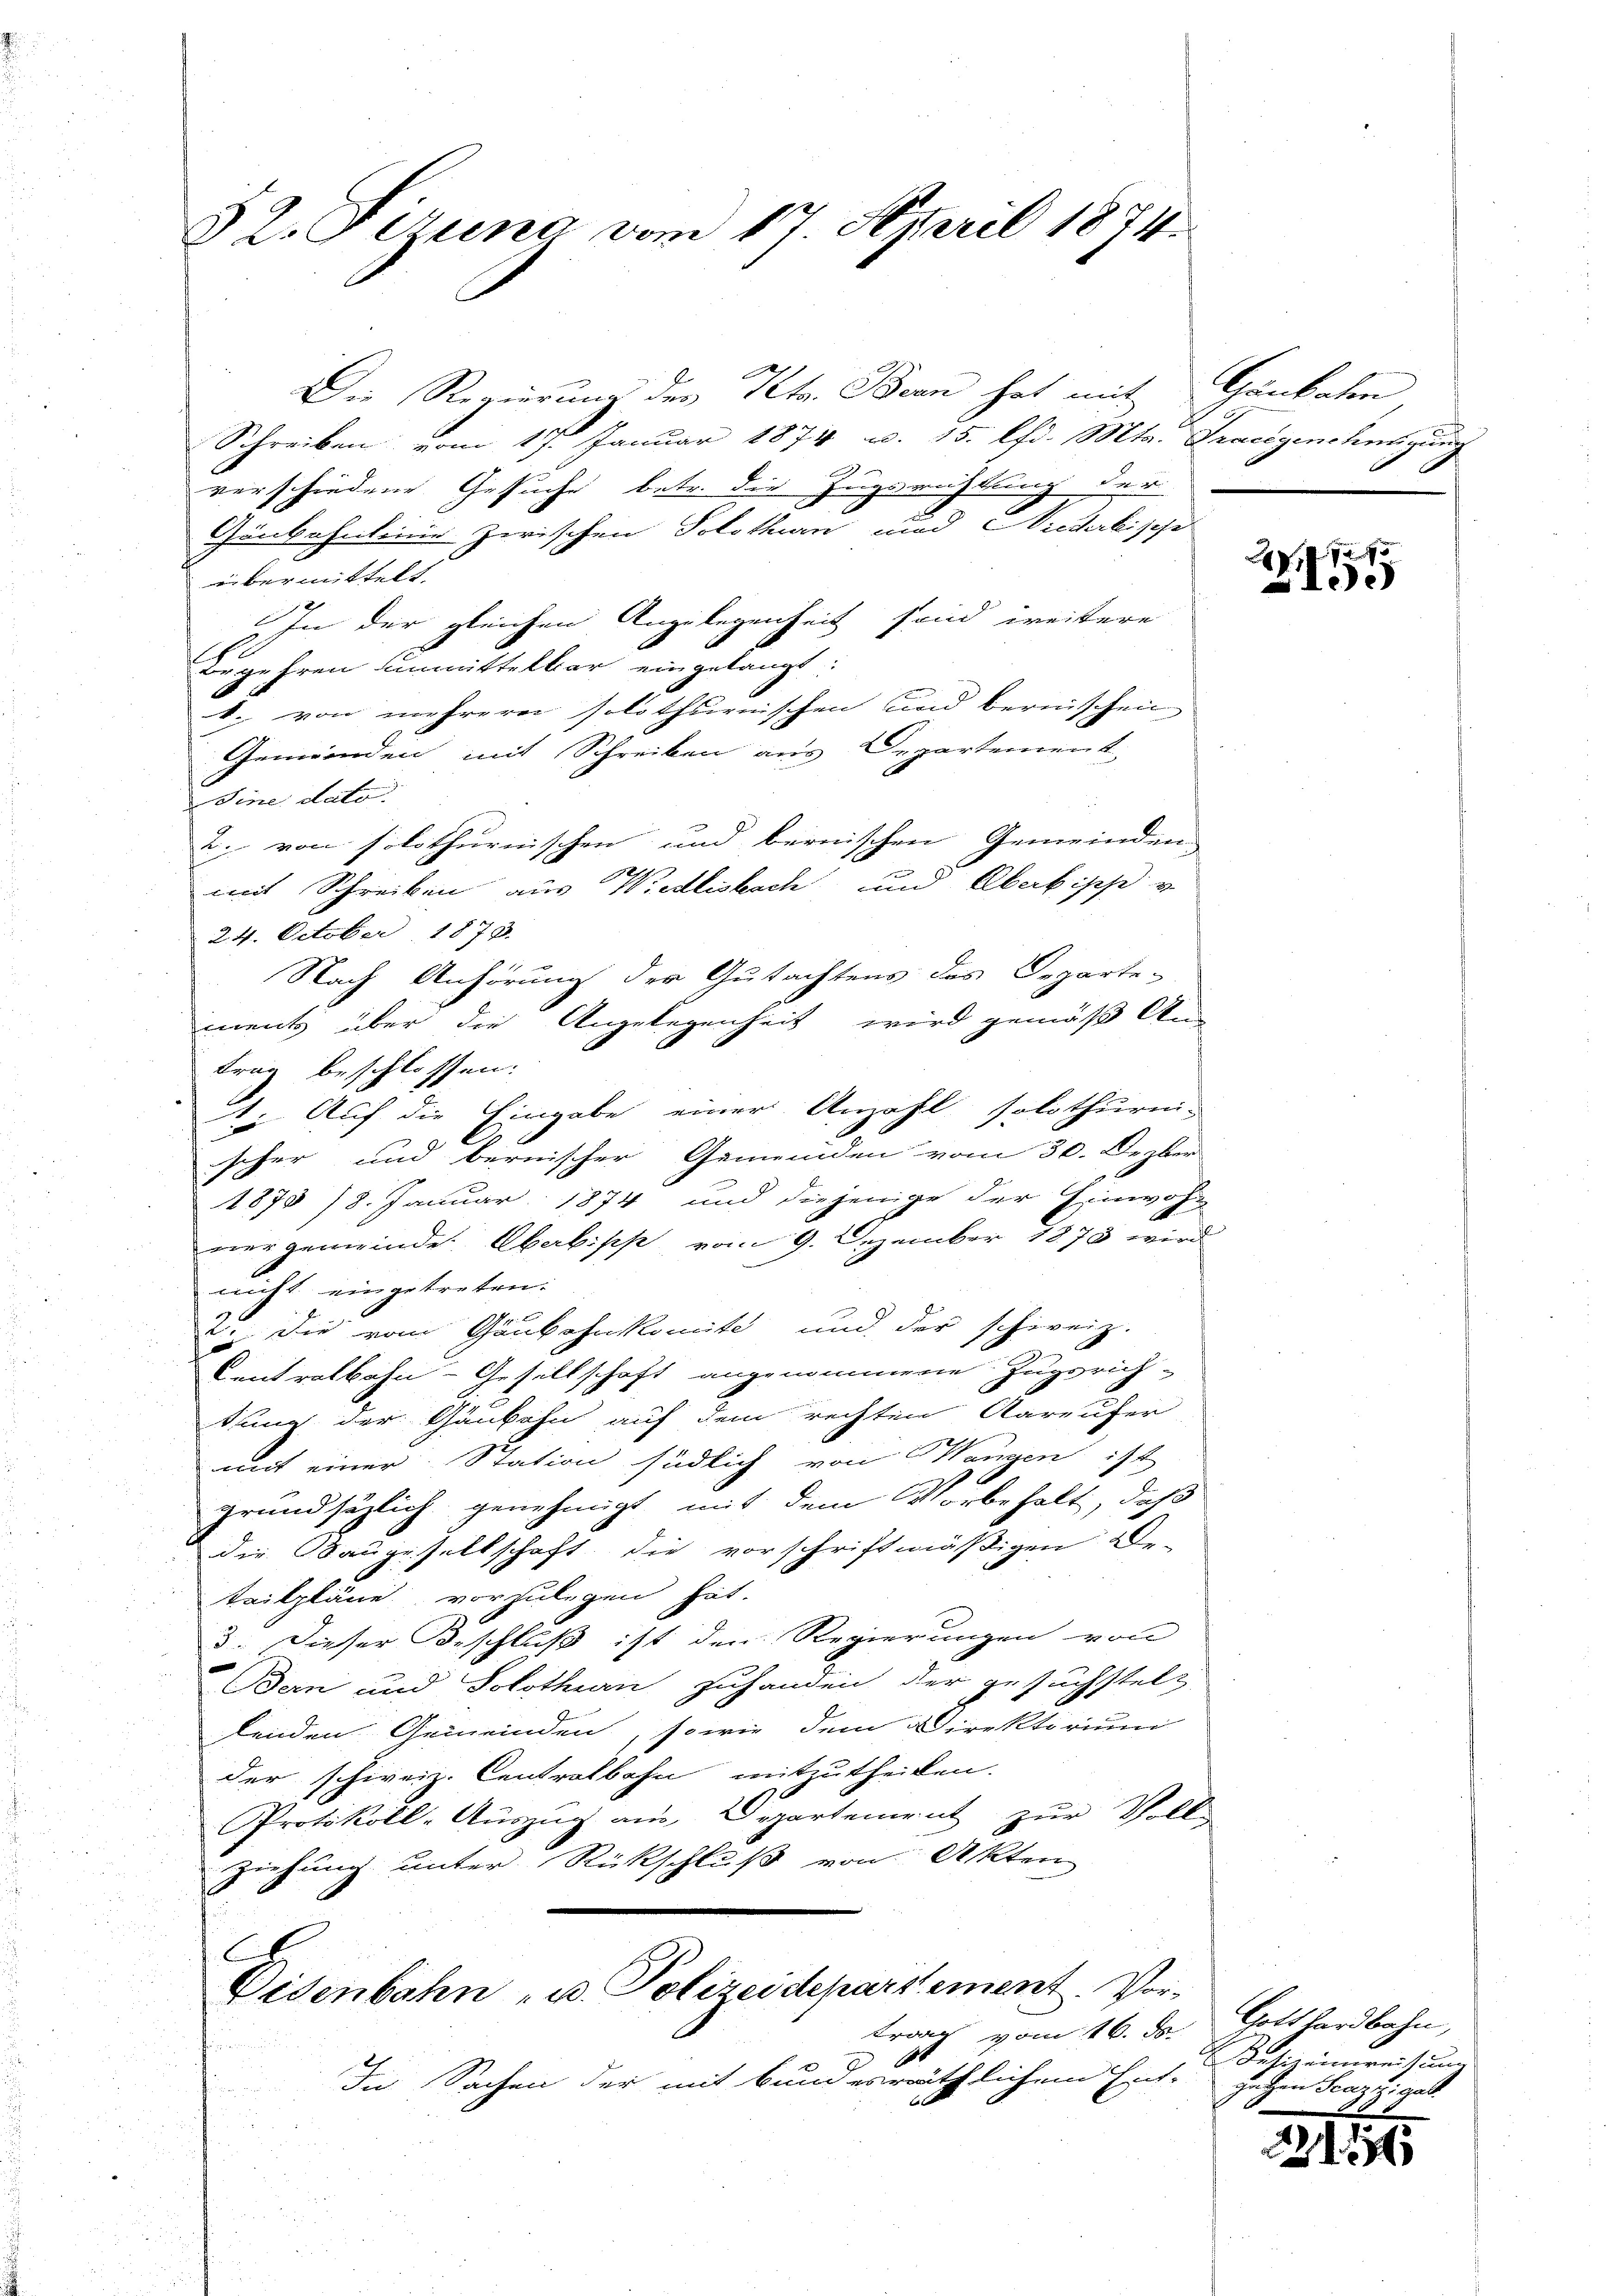
32. Firung vom 17. April 1874.

Die Regierung der Petr. Bern hat mit
Schreiben vom 17. Januar 1874 u. 15. lfd. Mts. Fracigenehmigung
s
verschiedene Gesuche betr. die Ingsrichtung der
Genbahnleine zwischen Solothurn und Niederlischi
übermittelt.
In der gleichen Angelegenheit sind weitere
Begehren unmittelbar eingelangt:
b. von mehrerer solothurnischen und bernischen
Gemeinden mit Schreiben aus Departement,
sine dato.
2. von solothurnischen und bernischen Gemeinden
e
mit Schreiben aus Wiedlisbach und Abakisch v
24. October 1870.
Nach Anhörung der Gutachtens des Departe-
ments über die Angelegenheit wird gemäß An-
trag beschlossen:
1. Auf die Eingabe einer Anzahl solothurni-
scher und bernischer Gemeinden vom 30. Dezber
1870 /8. Januar 1874 und diejenige der Einwohn
nergemeinde Oberbipp, vom 9. Dezember 1873 wird
nicht eingetreten:
. die vom Gaubahnkomite und der schweiz.
Centralbahn-Gesellschaft angenommene Zugsrich-
tung der Gaubahn auf dem rechten Aareufer
mit einer Station südlich von Wangen ist
grundsätzlich genehmigt mit dem Vorbehalt, daß
die Baugesellschaft die vorschriftmäßigen Be-
tailpläne vorzulegen hat.
3. Dieser Beschluß ist den Regierungen von
Bern und Solothurn zuhanden der Gesuchstelt
denden Gemeinden, sowie dem Direktorium
der schweiz. Centralbahn mitzutheilen.
Protokoll-Auszug aus Departement zur Voll-
Ziehung unter Rückschluß von Akten
E
Eisenbahn- u. Polizeidepartement. Vorkranz vom 16. ds.
In Sachen der mit bundesräthlichem Ent-

Gänkalen

72
ee

Gotthardbahn,
Besizeinweisung
Hetzen Scazzi geb.

2185